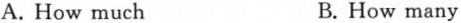
A. How much B.How many